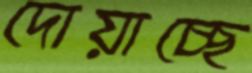
দোয়াচ্ছে